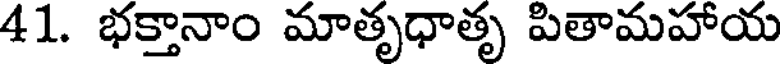
41. భక్తానాం మాతృధాతృ పితామహాయ